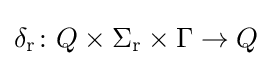
\delta _{\text{r}}\colon Q\times \Sigma _{\text{r}}\times \Gamma \to Q